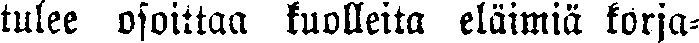
tulee osoittaa kuolleita eläimiä korja-